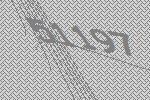
51197